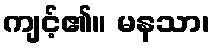
ကျင့်၏။ မနသာ၊